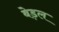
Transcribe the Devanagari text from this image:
बेड़ल